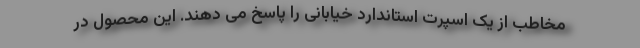
مخاطب از یک اسپرت استاندارد خیابانی را پاسخ می دهند. این محصول در